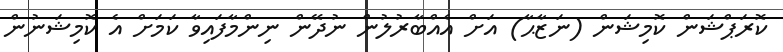
ކޮރަޕްޝަން ކޮމިޝަން (ނަޒާޙާ) އަށް އެއްބާރުލުން ނުދޭން ނިންމާފައިވާ ކަމަށް އެ ކޮމިޝަނުން